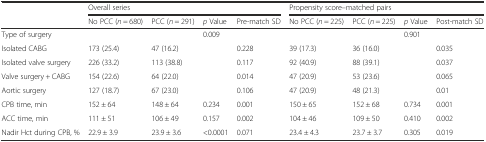
|  | <COLSPAN=4> Overall series | <COLSPAN=4> Propensity score–matched pairs |
 |  | No PCC (n = 680) | PCC (n = 291) | p Value | Pre-match SD | No PCC (n = 225) | PCC (n = 225) | p Value | Post-match SD |
 | --- | --- | --- | --- | --- | --- | --- | --- | --- |
 | Type of surgery |  |  | 0.009 |  |  |  | 0.901 |  |
 | Isolated CABG | 173 (25.4) | 47 (16.2) |  | 0.228 | 39 (17.3) | 36 (16.0) |  | 0.035 |
 | Isolated valve surgery | 226 (33.2) | 113 (38.8) |  | 0.117 | 92 (40.9) | 88 (39.1) |  | 0.037 |
 | Valve surgery + CABG | 154 (22.6) | 64 (22.0) |  | 0.014 | 47 (20.9) | 53 (23.6) |  | 0.065 |
 | Aortic surgery | 127 (18.7) | 67 (23.0) |  | 0.106 | 47 (20.9) | 48 (21.3) |  | 0.01 |
 | CPB time, min | 152 ± 64 | 148 ± 64 | 0.234 | 0.001 | 150 ± 65 | 152 ± 68 | 0.734 | 0.001 |
 | ACC time, min | 111 ± 51 | 106 ± 49 | 0.157 | 0.002 | 104 ± 46 | 109 ± 50 | 0.410 | 0.002 |
 | Nadir Hct during CPB, % | 22.9 ± 3.9 | 23.9 ± 3.6 | <0.0001 | 0.071 | 23.4 ± 4.3 | 23.7 ± 3.7 | 0.305 | 0.019 |